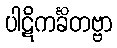
ပါဋိကင်္ခိတဗ္ဗာ